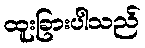
ထူးခြားပါသည်